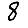
Digit: 8